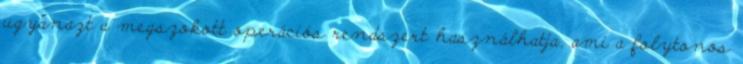
ugyanazt a megszokott operációs rendszert használhatja, ami a folytonos